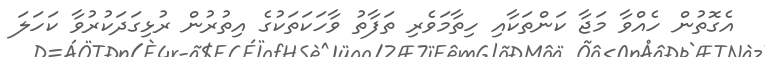
އެގޮތުން ހެއްވާ މަޖާ ކަންތަކާއި ހިތާމަވެރި ތަފާތު ވާހަކަތަކުގެ އިތުރުން ރުޅިގަދަކުރުވާ ކަހަލަ